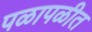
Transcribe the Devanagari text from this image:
पळापळीत